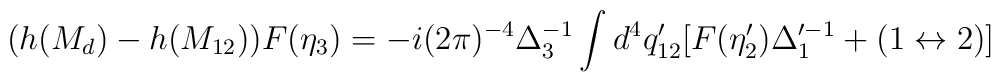
(h(M_d)- h(M_{12})) F(\eta_3) = -i(2\pi)^{-4} \Delta_3^{-1}  \int d^4 q_{12}' [F(\eta_2')\Delta_1'^{-1} + (1 \leftrightarrow 2)]